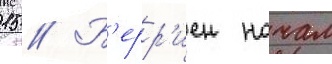
15 // Б'ерр'иен начал